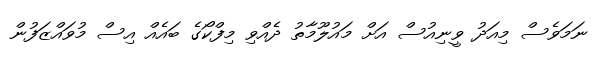
ނަމަވެސް މިއަދު ވީނިއުސް އަށް މައުލޫމާތު ދެއްވި މިފްކޯގެ ބައެއް އިސް މުވައްޒަފުން